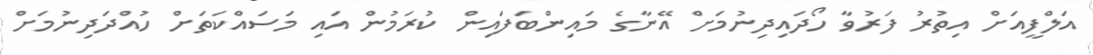
އަލްފީއަށް އިތުރު ފަރުވާ ހޯދައިދިނުމަށް އޭނާގެ މައިންބަފައިން ކުރަމުން އައި މަސައްކަތަށް ހުއްދަދިނުމަށް